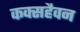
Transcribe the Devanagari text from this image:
कक्सहैवन